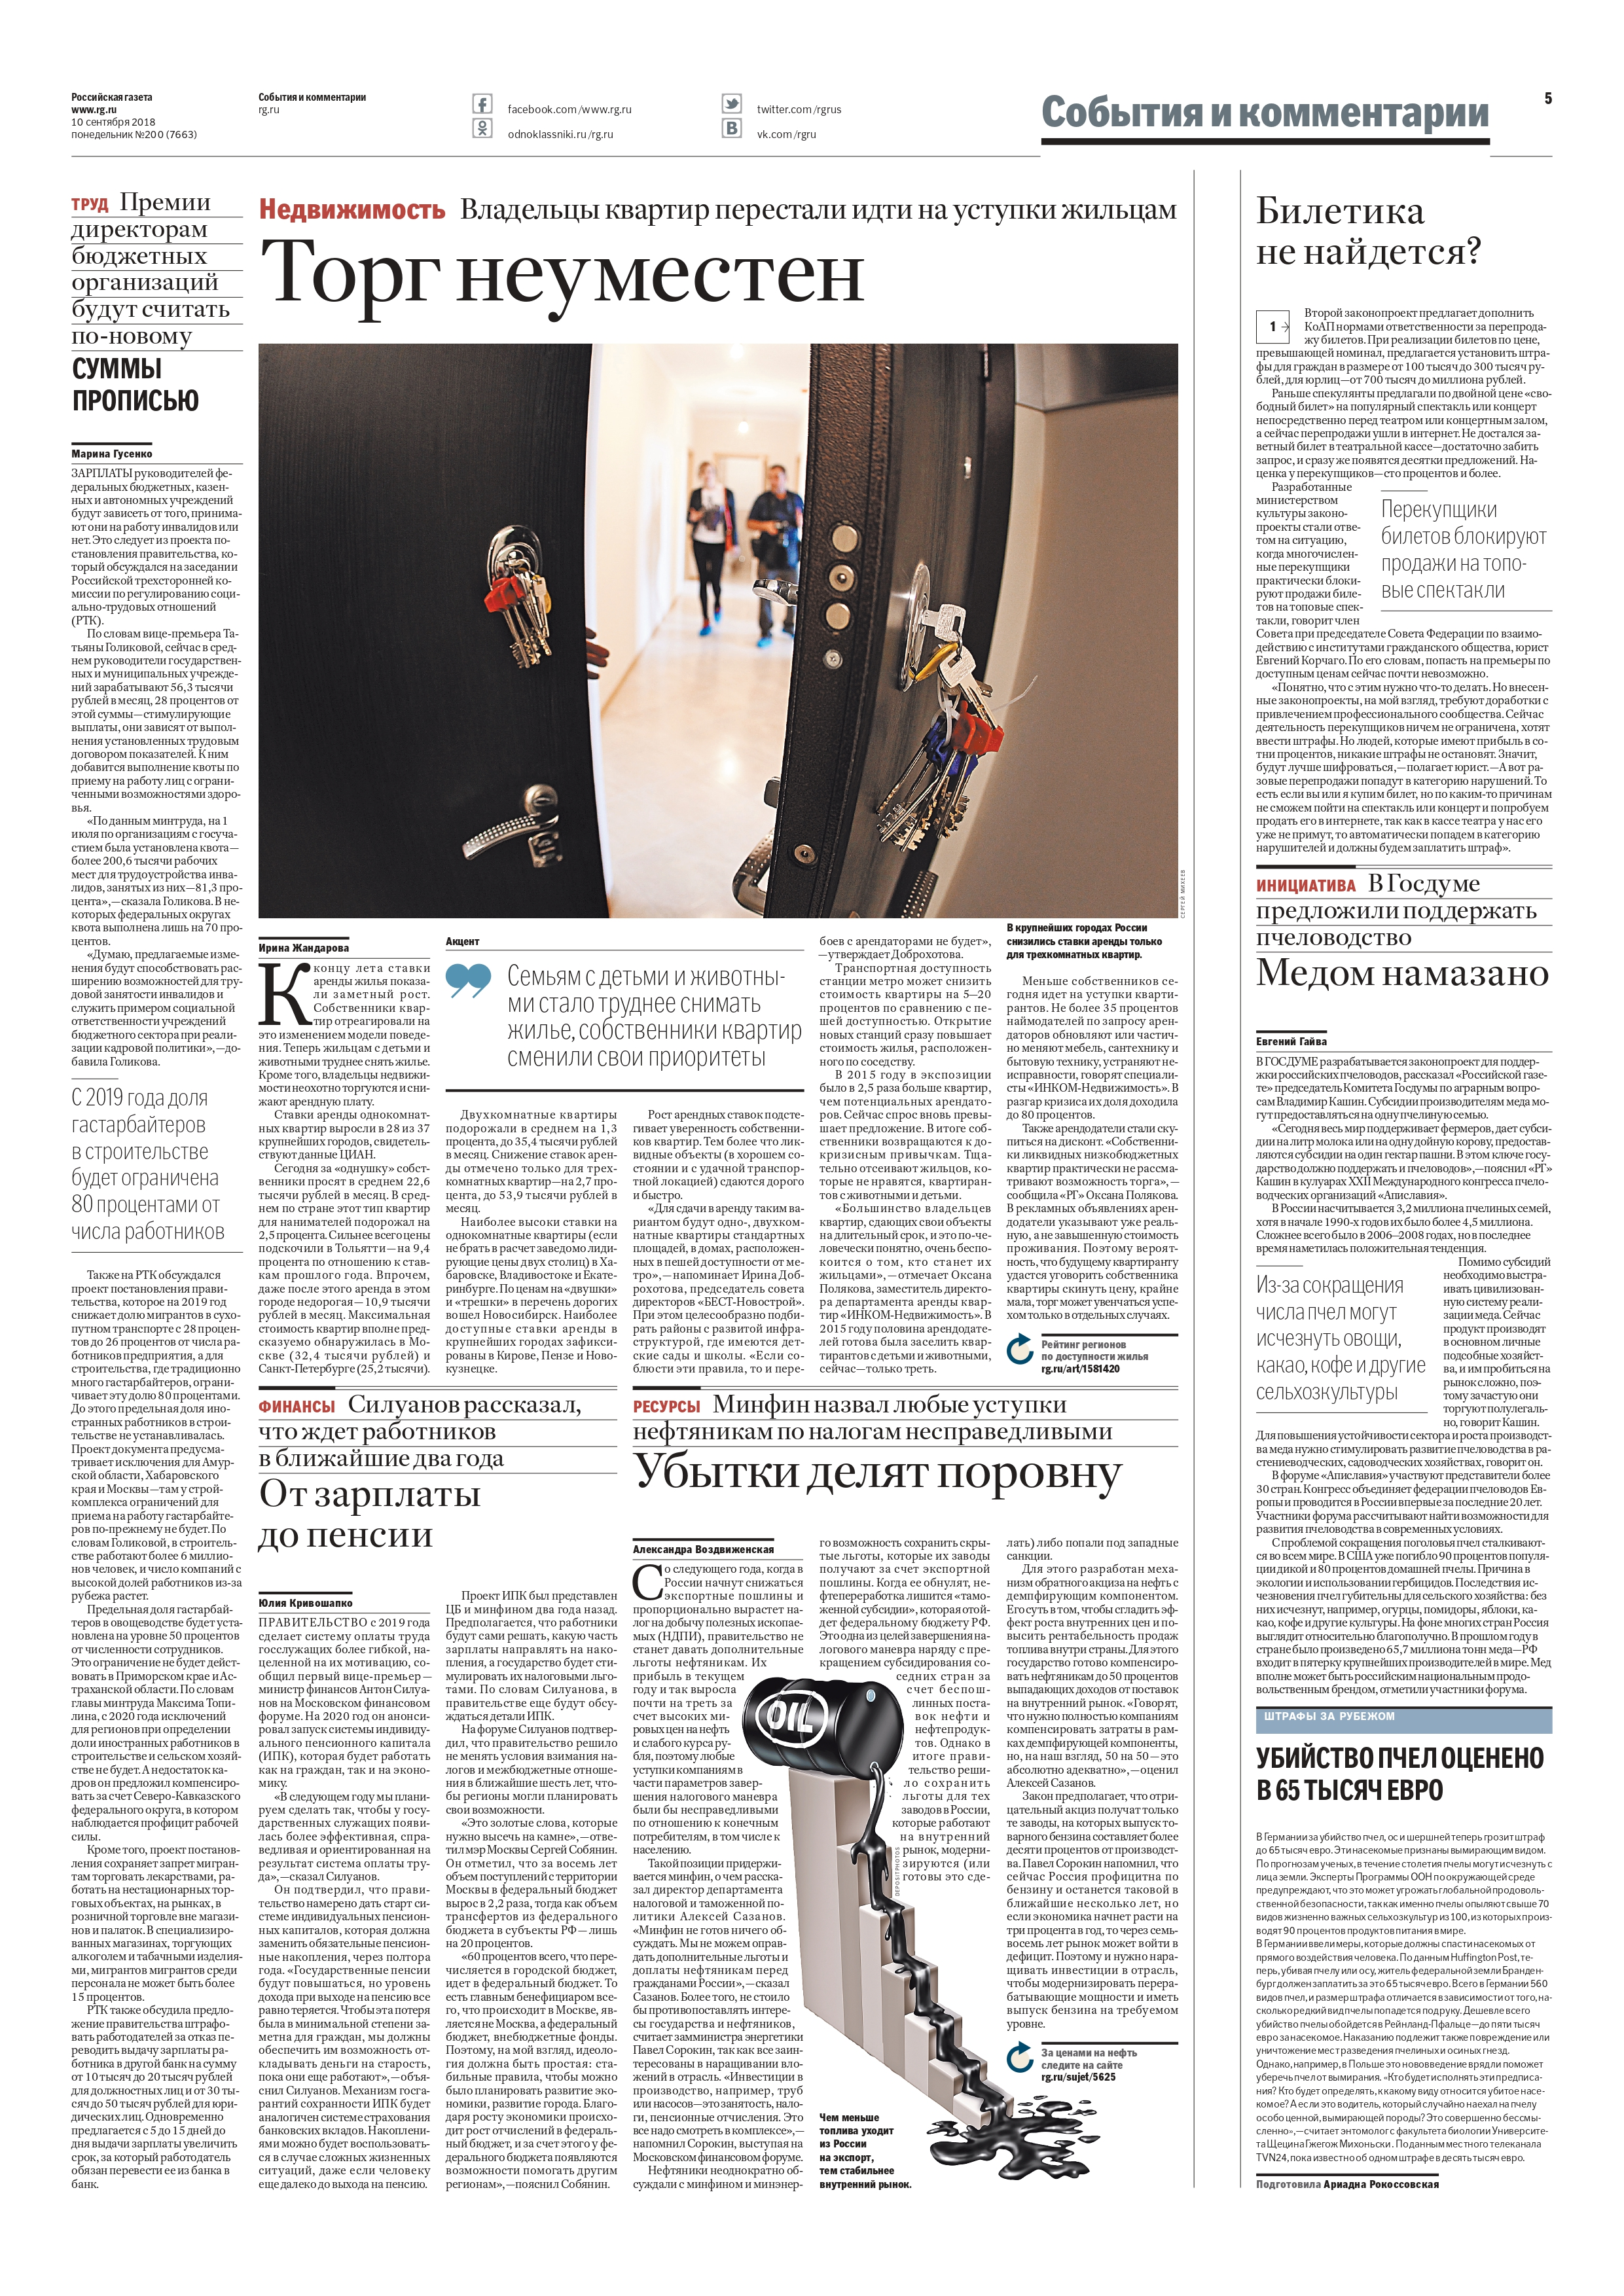
Language: ru